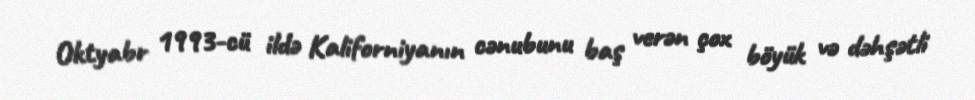
Oktyabr 1993-cü ildə Kaliforniyanın cənubunu baş verən çox böyük və dəhşətli